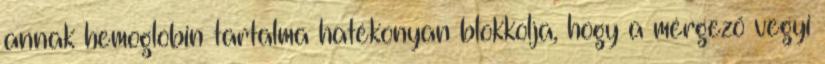
annak hemoglobin tartalma hatékonyan blokkolja, hogy a mérgező vegyi